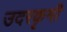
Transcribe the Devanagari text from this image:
उदरकृमी